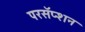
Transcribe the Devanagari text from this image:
परसॅप्शन